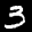
Label: 3